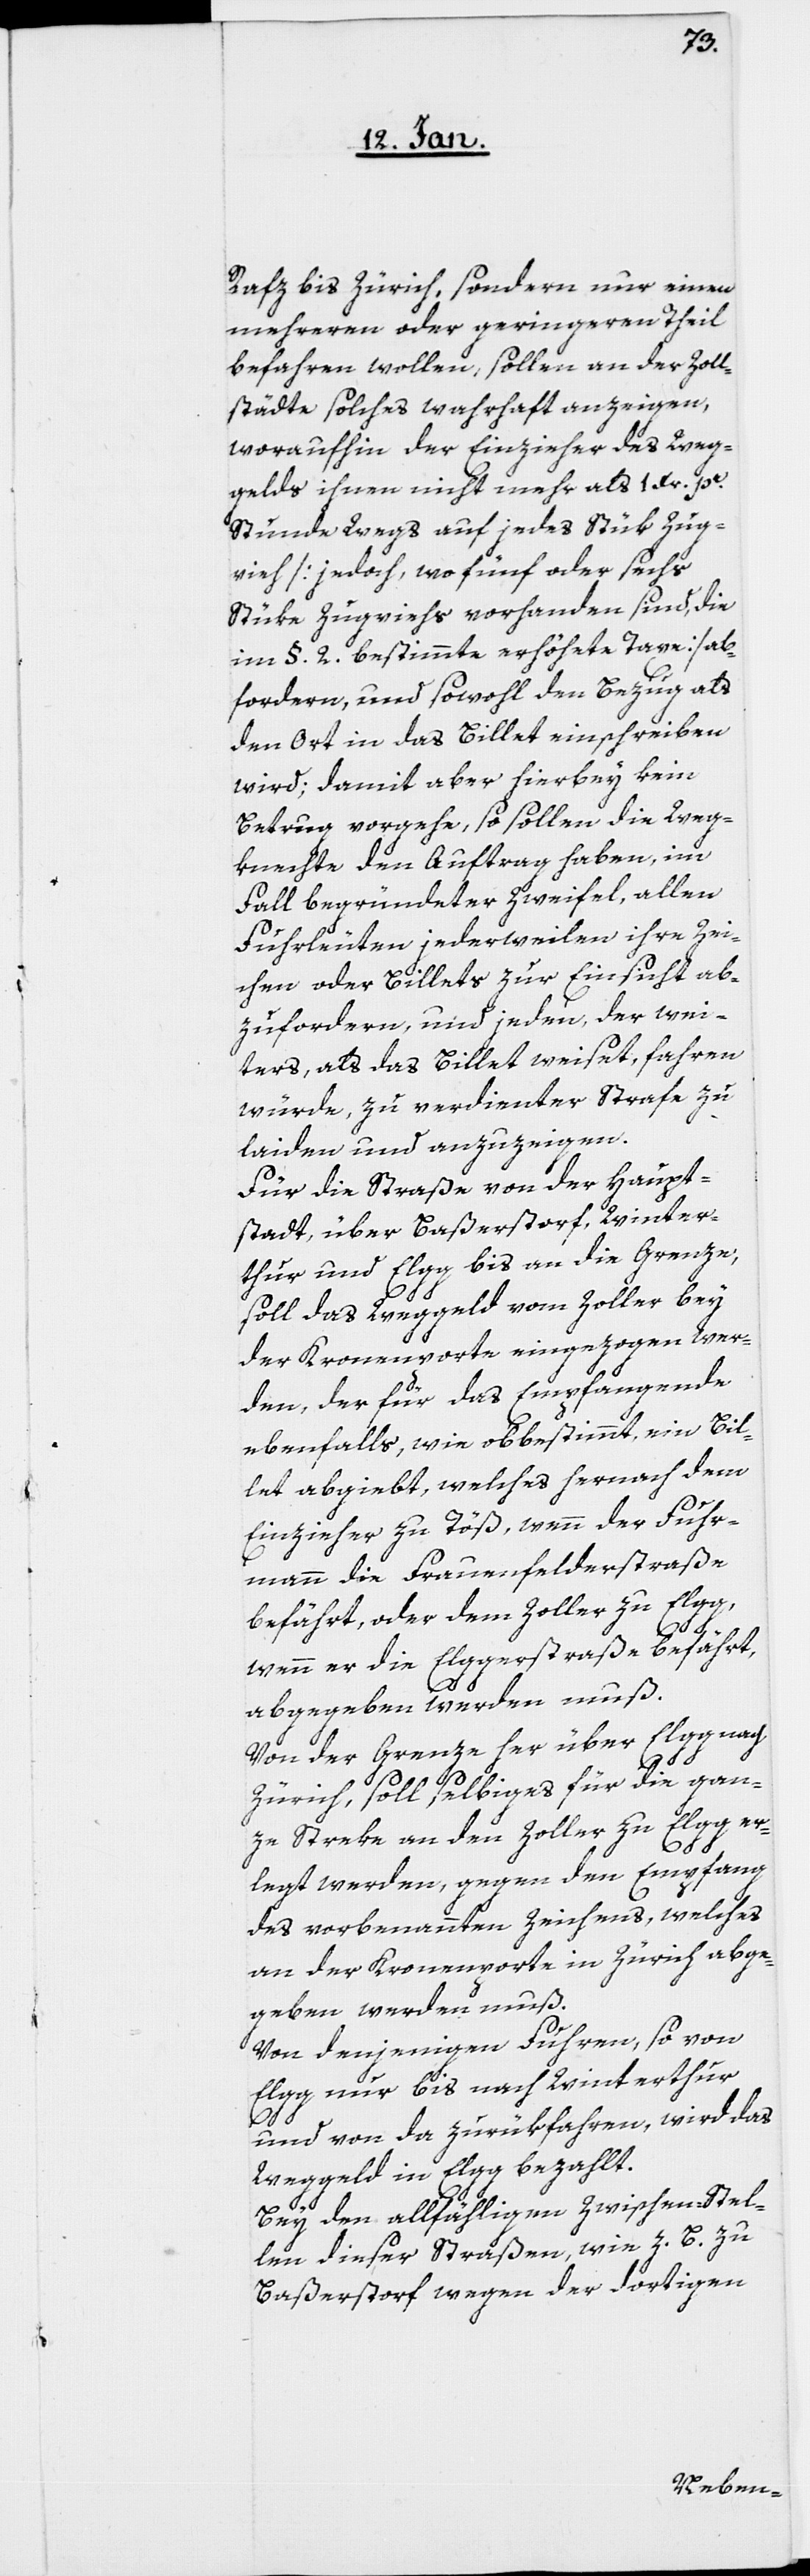
Rafz bis Zürich, sondern nur einen
mehreren oder geringeren Theil
befahren wollen, sollen an der Zoll¬
stätte solches wahrhaft anzeigen,
woraufhin der Einzieher des Weg¬
gelds ihnen nicht mehr als 1 Xr. pr.
Stunde Wegs auf jedes Stük Zug¬
vieh [jedoch, wo fünf oder sechs
Stüke Zugviehs vorhanden sind, die
im §. 2. bestimmte erhöhte Taxe] ab¬
fordern, und sowohl den Bezug als
den Ort in das Billet einschreiben
wird; damit aber hierbey kein
Betrug vorgehe, so sollen die Weg¬
knechte den Auftrag haben, im
Fall begründeter Zweifel, allen
Fuhrleuten jederweilen ihre Zei¬
chen oder Billets zur Einsicht ab¬
zufordern, und jeden, der wei¬
ters, als das Billet weiset, fahren
würde, zu verdienter Strafe zu
laiden und anzuzeigen.
Für die Straße von der Haupt¬
stadt, über Baßerstorf, Winter¬
thur und Elgg bis an die Grenze,
soll das Weggeld vom Zoller bey
der Kronenporte eingezogen wer¬
den, der für das Empfangende
ebenfalls, wie obbestimmt, ein Bil¬
let abgiebt, welches hernach dem
Einzieher zu Töß, wenn der Fuhr¬
mann die Frauenfelderstraße
befährt, oder dem Zoller zu Elgg,
wenn er die Elggerstraße befährt,
abgegeben werden muß.
Von der Grenze her über Elgg nach
Zürich soll selbiges für die gan¬
ze Streke an den Zoller zu Elgg er¬
legt werden, gegen den Empfang
des vorbenannten Zeichens, welches
an der Kronenporte in Zürich abge¬
geben werden muß.
Von denjenigen Fuhren, so von
Elgg nur bis nach Winterthur
und von da zurükfahren, wird das
Weggeld in Elgg bezahlt.
Bey den allfähligen Zwischen-Stel¬
len dieser Straßen, wie z. B. zu
Baßerstorf wegen der dortigen